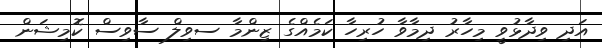
އަދި ވިދާޅުވީ މިހާރު ދިމާވާ ހުރިހާ ކަމެއްގެ ޒިންމާ ސވިލް ސާވިސް ކޮމިޝަން